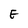
Character: E